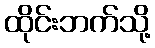
ထိုင်းဘက်သို့